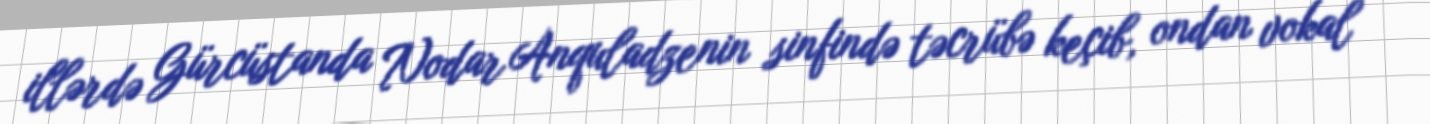
illərdə Gürcüstanda Nodar Anquladzenin sinfində təcrübə keçib, ondan vokal